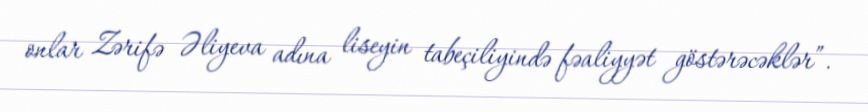
onlar Zərifə Əliyeva adına liseyin tabeçiliyində fəaliyyət göstərəcəklər”.